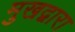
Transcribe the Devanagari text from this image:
मुखद्वारा